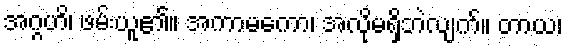
အဂ္ဂဟိ၊ ဖမ်းယူ၏။ အကာမကော၊ အလိုမရှိဘဲလျက်။ တာယ၊